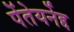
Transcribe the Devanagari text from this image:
पेंतेयर्नेद्द